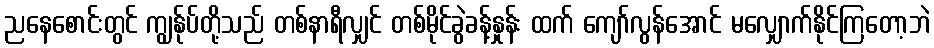
ညနေစောင်းတွင် ကျွန်ုပ်တို့သည် တစ်နာရီလျှင် တစ်မိုင်ခွဲခန့်နှုန်း ထက် ကျော်လွန်အောင် မလျှောက်နိုင်ကြတော့ဘဲ